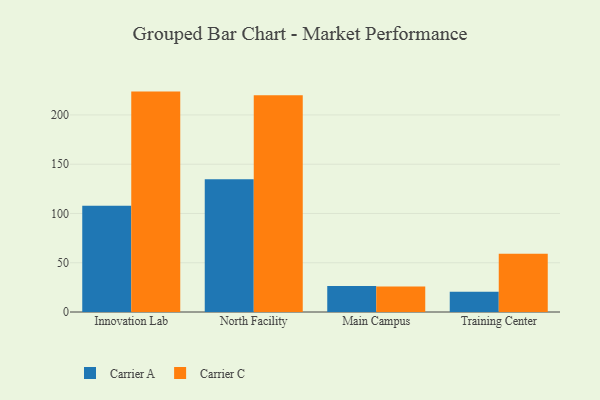
{"axis": {"x": "Campus", "y": "Backlog"}, "legend": ["Carrier A", "Carrier C"], "data": [{"x": "Innovation Lab", "y": 107.9, "type": "Carrier A"}, {"x": "Innovation Lab", "y": 223.7, "type": "Carrier C"}, {"x": "North Facility", "y": 134.7, "type": "Carrier A"}, {"x": "North Facility", "y": 219.9, "type": "Carrier C"}, {"x": "Main Campus", "y": 26.5, "type": "Carrier A"}, {"x": "Main Campus", "y": 26.0, "type": "Carrier C"}, {"x": "Training Center", "y": 20.5, "type": "Carrier A"}, {"x": "Training Center", "y": 59.2, "type": "Carrier C"}]}